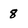
Character: 8